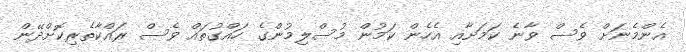
އެންމެނަށް ވެސް ވާނެ ކަމަށާއި އެހެން ކަމުން މުސްލިމުންގެ ހައްގުތައް ވެސް ރައްކާތެރިކޮށްދޭން